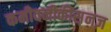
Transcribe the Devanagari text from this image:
कमीवनीकीस़नज़